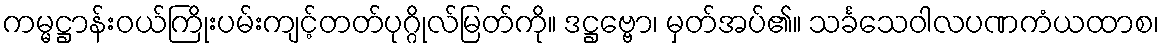
ကမ္မဋ္ဌာန်းဝယ်ကြိုးပမ်းကျင့်တတ်ပုဂ္ဂိုလ်မြတ်ကို။ ဒဋ္ဌဗ္ဗော၊ မှတ်အပ်၏။ သင်္ခသေဝါလပဏကံယထာစ၊